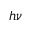
h \nu